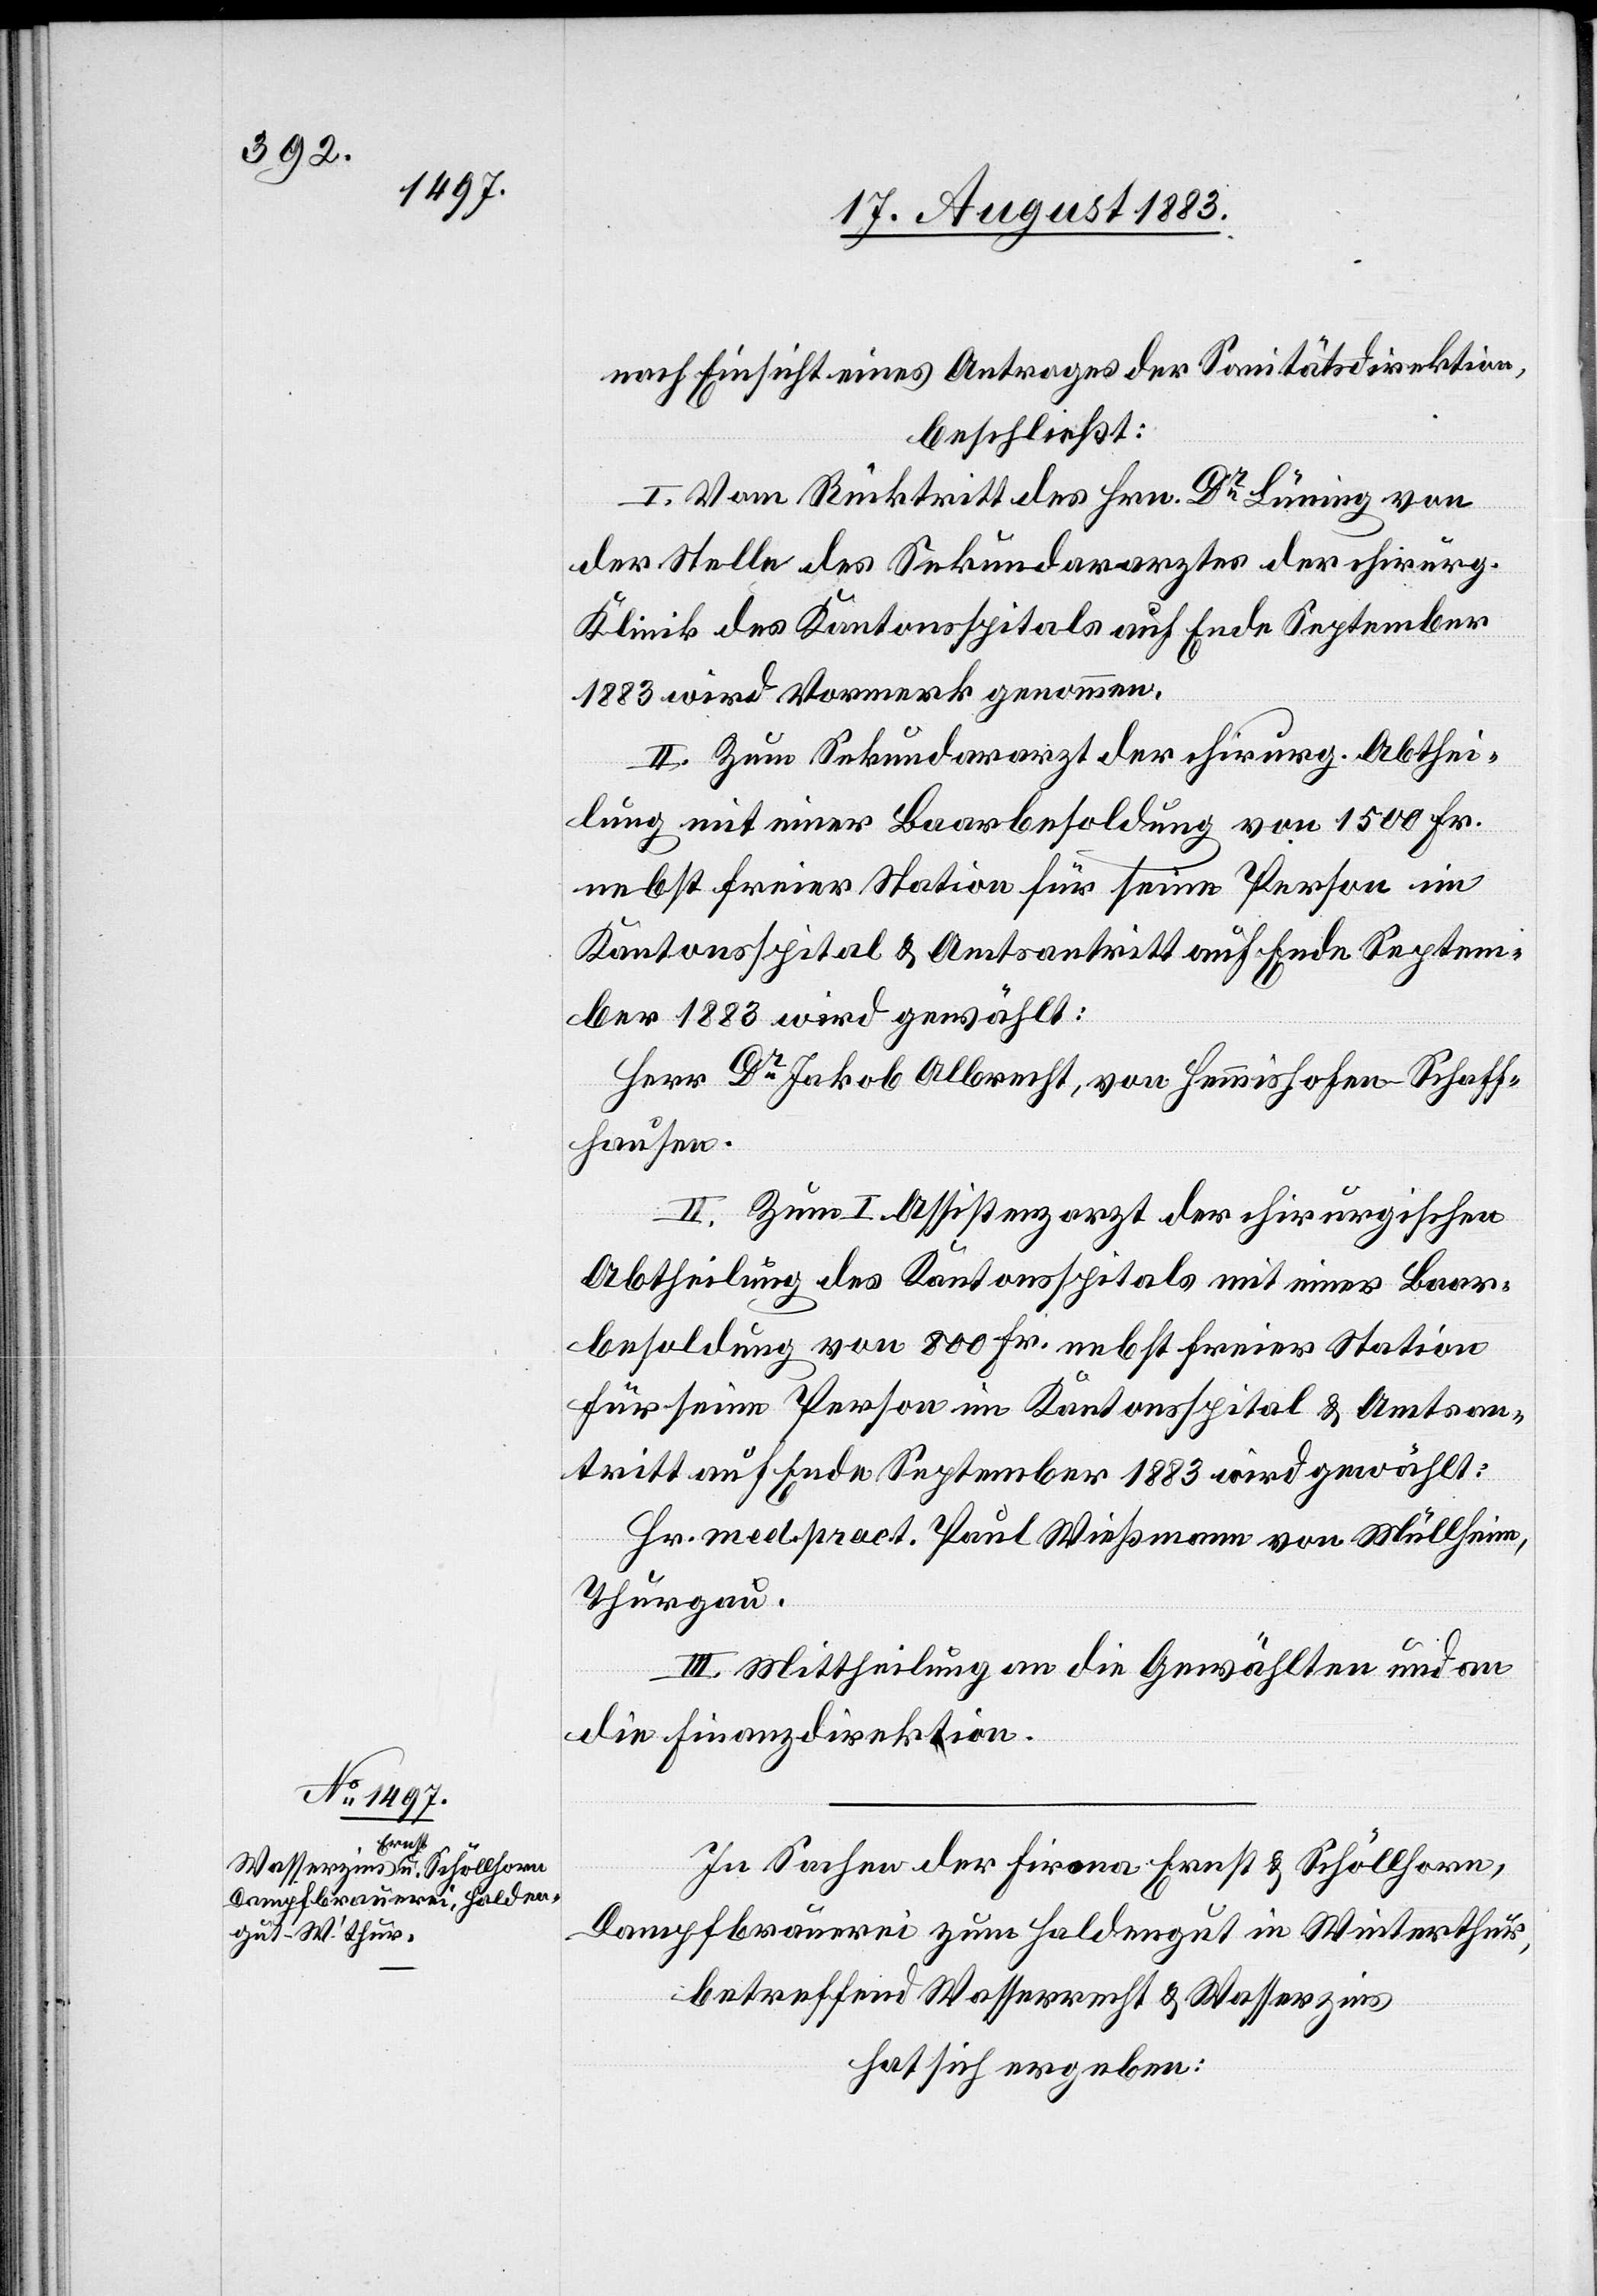
nach Einsicht eines Antrages der Sanitätsdirektion,
beschließt:
I. Vom Rücktritt des Hrn. Dr Lünnig von
der Stelle des Sekundararztes der chirurg.
Klinik des Kantonsspitals auf Ende September
1883 wird Vormerk genommen.
II. Zum Sekundararzt der chirurg. Abthei¬
lung mit einer Baarbesoldung von 1500 Fr.
nebst freier Station für seine Person im
Kantonsspital & Amtsantritt auf Ende Septem¬
ber 1883 wird gewählt:
Herr Dr Jakob Albrecht von Hemmishofen - Schaff¬
hausen.
[sic!] Zum I. Assistenzarzt der chirurgischen
Abtheilung des Kantonsspitals mit einer Baar¬
besoldung von 800 Fr. nebst freier Station
für seine Person im Kantonsspital & Amtsan¬
tritt auf Ende September 1883 wird gewählt:
Hr. med. pract. Paul Wießmann [sic!] von Müllheim,
Thurgau.
III. Mittheilung an die Gewählten und an
die Finanzdirektion.
In Sachen der Firma Ernst & Schöllhorn,
Dampfbrauerei zum Haldengut in Winterthur,
betreffend Wasserrecht & Wasserzins
hat sich ergeben: